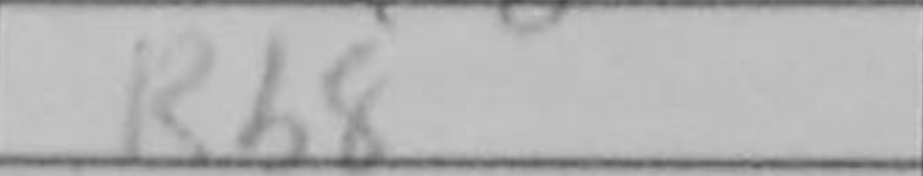
Transcription: Rb8